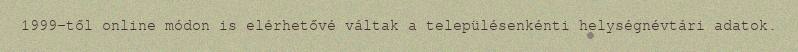
1999-től online módon is elérhetővé váltak a településenkénti helységnévtári adatok.